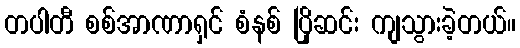
တပါတီ စစ်အာဏာရှင် စံနစ် ပြိုဆင်း ကျသွားခဲ့တယ်။